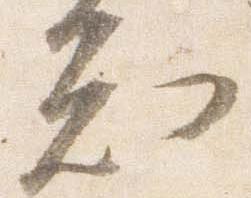
知